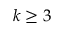
k \ge 3